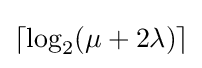
\lceil \log _{2}(\mu +2\lambda )\rceil